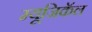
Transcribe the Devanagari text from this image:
म्यूजिकॅल